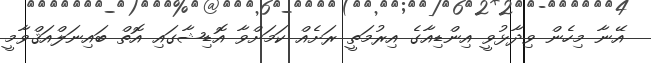
އޭނާ މިހެން ވިދާޅުވީ އިންޑިއާގެ އިރުމަތީ ރަށެއް ކަމަށްވާ އޮޑިޝާގައި އޮތް ބައިނަލްއަޤްވާމީ